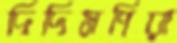
দিদিমণিরা